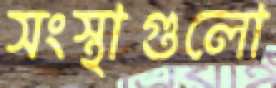
সংস্থাগুলো